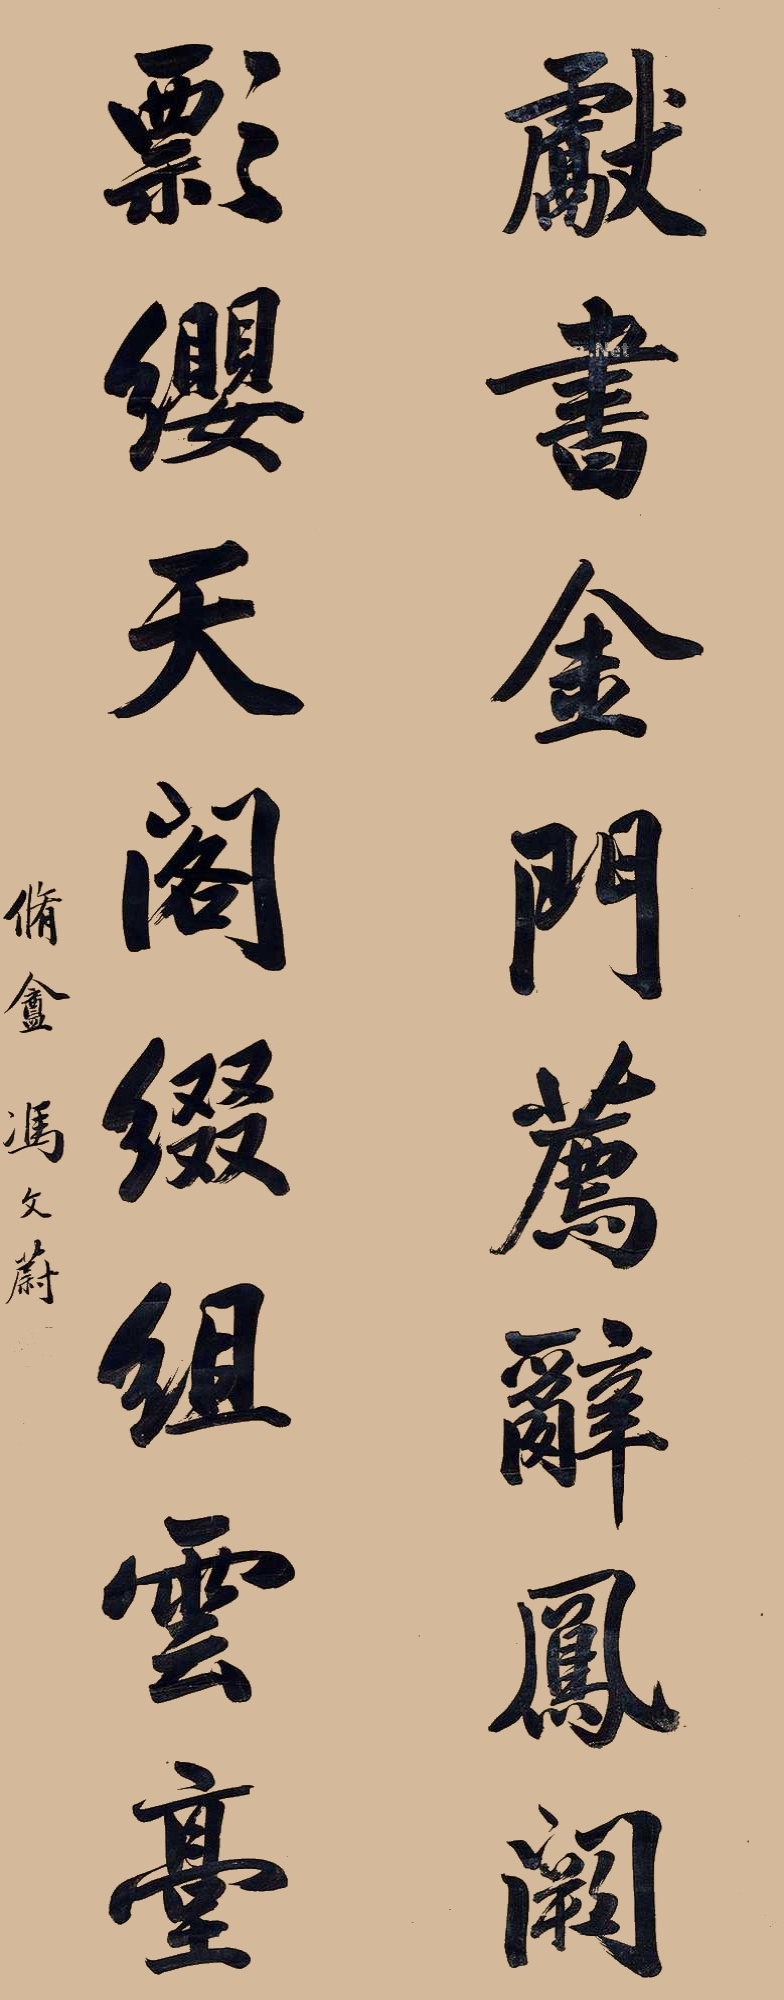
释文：献书金门荐辞凤阙，飘缨天阁缀组云台。修盦冯文蔚。